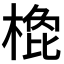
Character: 𣗽